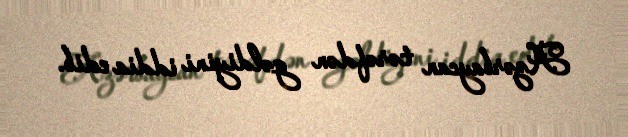
Azərbaycan tərəfdən gəldiyini iddia edib.